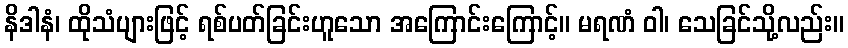
နိဒါနံ၊ ထိုသံပျားဖြင့် ရစ်ပတ်ခြင်းဟူသော အကြောင်းကြောင့်။ မရဏံ ဝါ၊ သေခြင်သို့လည်း။